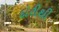
દોરીથી